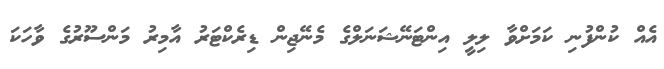
އެއް ކުންފުނި ކަމަށްވާ ލިލީ އިންޓަނޭޝަނަލްގެ މެނޭޖިން ޑިރެކްޓަރު އާމިރު މަންސޫރުގެ ވާހަކަ